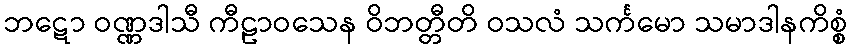
ဘဋော ဝဏ္ဏဒါသီ ကီဠာဝသေန ဝိဘတ္တီတိ ဝသလံ သင်္ကမော သမာဒါနကိစ္စံ